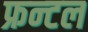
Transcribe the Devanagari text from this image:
फ्रन्‍टल